Annual administration report of the Civil Veterinary Department of India - 1893-1894
Year: 1893
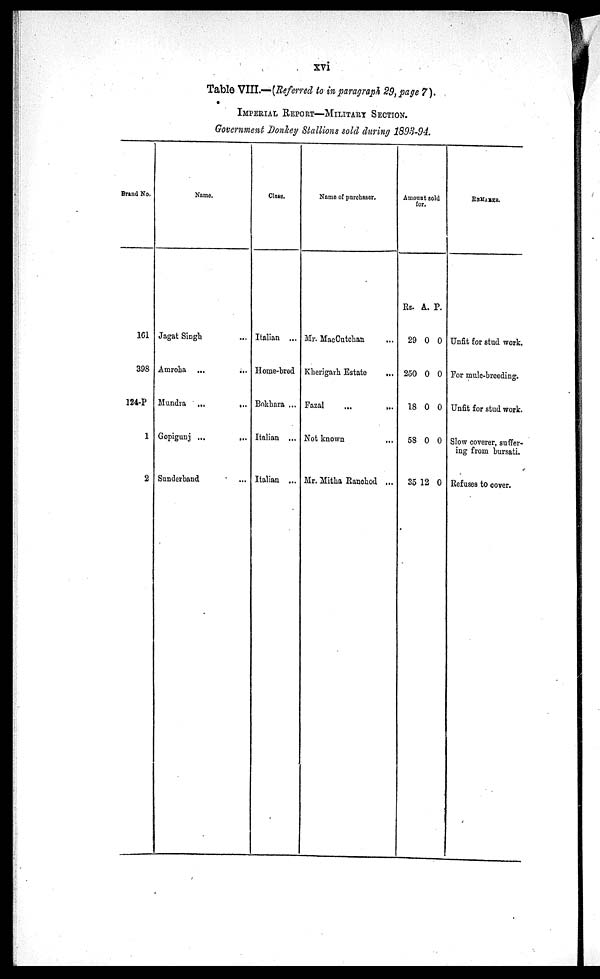
xvi
Table VIII.—(Referred to in paragraph 29, page 7).
IMPERIAL REPORT-MILITARY SECTION.
Government Donkey Stallions sold during 1893-94.
Brand No,
161
398
124.P
1
2
Name.
Jagat Singh ...
Amroha ... ...
Mundra
...
...
Gopigunj ...
...
Sunderband ...
Class.
Italian ...
Home-bred
Bokhara ...
Italian ...
Italian ...
Name of purchaser.
Mr. MacCutchan ...
Kherigarh Estate
...
Fazal
...
...
Not known
...
Mr. Mitha Ranohod ...
Amount sold
for.
Rs.
29
250
18
58
35
A.
0
0
0
0
12
P.
0
0
0
0
0
REMARKS.
Unfit for stud work.
For mule-breeding.
Unfit for stud work.
Slow coverer, suffer-
ing from bursati.
Refuses to cover.